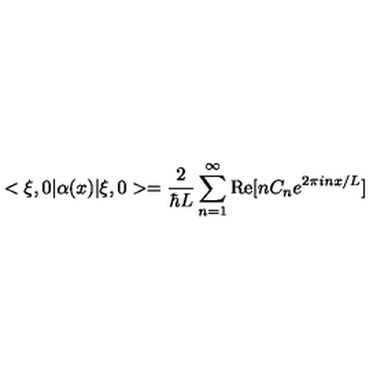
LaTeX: < \xi , 0 | \alpha ( x ) | \xi , 0 > = { \frac { 2 } { \hbar L } } \sum _ { n = 1 } ^ { \infty } \mathrm { R e } [ n C _ { n } e ^ { 2 \pi i n x / L } ]